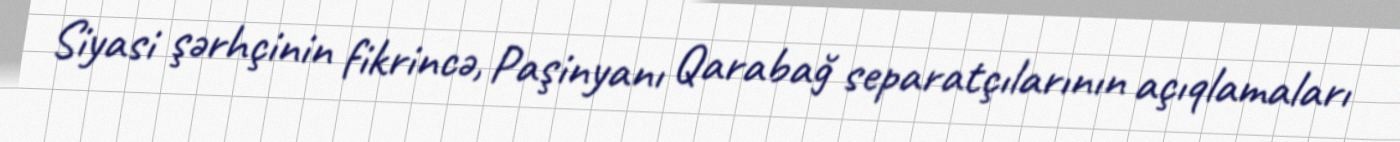
Siyasi şərhçinin fikrincə, Paşinyanı Qarabağ separatçılarının açıqlamaları